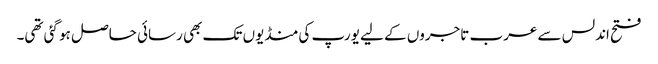
فتح اندلس سے عرب تاجروں کے لیے یورپ کی منڈیوں تک بھی رسائی حاصل ہو گئی تھی۔